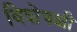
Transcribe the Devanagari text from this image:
विशेषशी